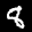
Label: 8